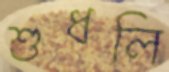
শুধলি